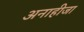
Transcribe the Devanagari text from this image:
अनाहीजा